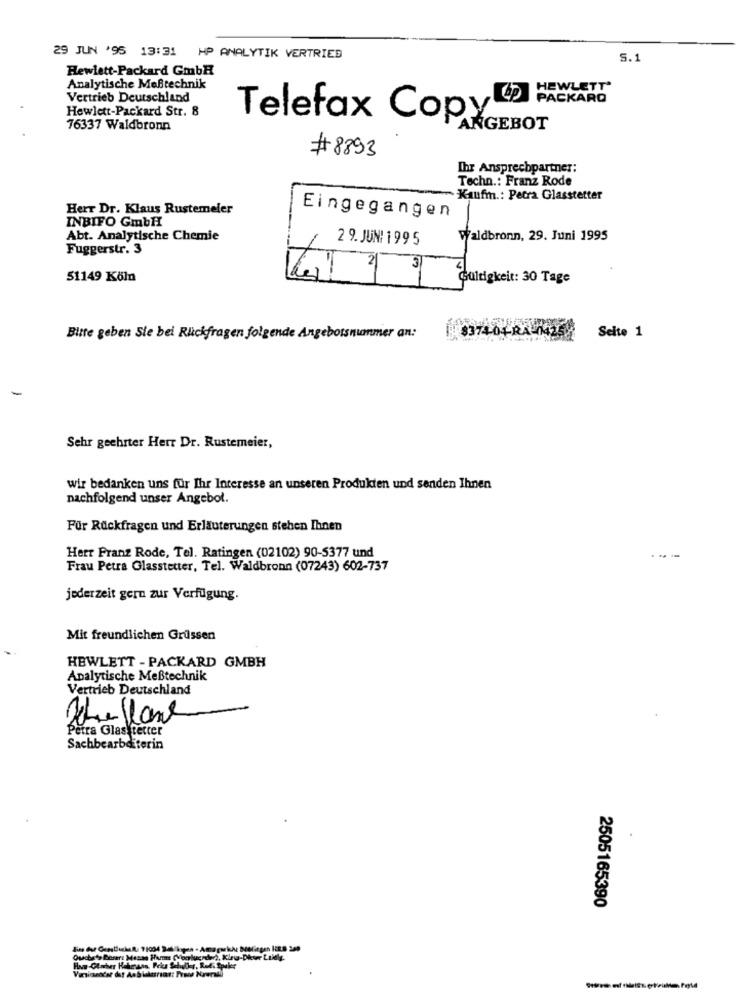
29 JUN '95 13:31 HP ANALYTIK VERTRIED
S.1
Hewlett-Packard GmbH
Analytische MeBtechnik
HEWLETT'
Vertrieb Deutschland
PACKARD
Hewlett-Packard Str. 8
Telefax Copy
76337 Waldbronn
ANGEBOT
#8893
Ihr Ansprechpartner:
Techn .: Franz Rode
- Kaufm .: Petra Glasstetter
Herr Dr. Klaus Rustemeler
INBIFO GmbH
Eingegangen
Abt. Analytische Chemie
2 9. JUNI 199 5
Waldbronn, 29. Juni 1995
Fuggerstr. 3
51149 Köln
Gültigkeit: 30 Tage
$3740
Seite 1
Bitte geben Sie bei Rückfragen folgende Angebossmanmer an:
Sehr geehrter Herr Dr. Rustemeier,
wir bedanken uns für Ihr Interesse an unseren Produkten und senden Ihnen
nachfolgend unser Angebot.
Für Rückfragen und Erläuterungen stehen Ihnen
Herr Pranz Rode, Tel. Ratingen (02102) 90-5377 und
-
Frau Petra Glasstetter, Tel. Waldbronn (07243) 602-737
jederzeit gern zur Verfügung.
Mit freundlichen Grüssen
HEWLETT - PACKARD GMBH
Analytische Meßtechnik
Vertrieb Deutschland
Petra Glas tetter
Sachbearbeiterin
2505165390
How -Clocher Habesans, Price Seluller, Rud. Speler